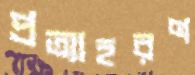
প্রত্যাহরণ